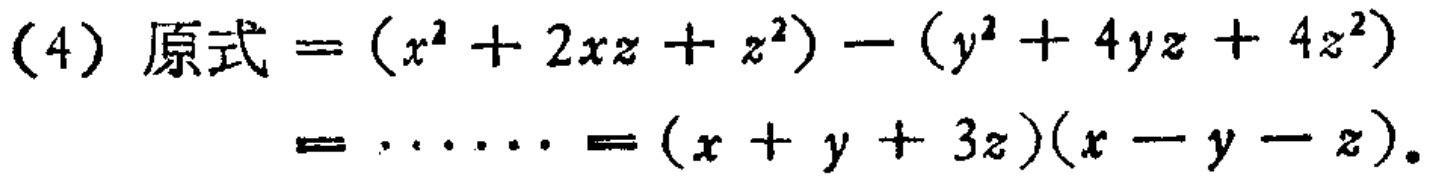
(4) 原式$=(x^{2}+2xz + z^{2})-(y^{2}+4yz + 4z^{2})=\cdots=(x + y + 3z)(x - y - z)$。